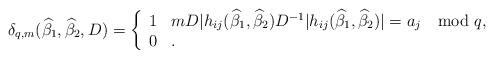
LaTeX: \begin{align*} \delta_{q,m}(\widehat{\beta}_1,\widehat{\beta}_2,D)=\left\{\begin{array}{ll} 1&mD|h_{ij}(\widehat{\beta}_1,\widehat{\beta}_2)D^{-1}| h_{ij}(\widehat{\beta}_1,\widehat{\beta}_2)|=a_j\mod q,\\0&. \end{array}\right.\end{align*}